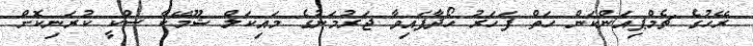
ރޭހުގެ ޗެމްޕިއަންކަން ހަތް ފަހަރު ހޯދާފައިވާ ޖަރުމަނުގެ މައިކަލް ޝޫމޭކާ ސްކީ ކުރަނިކޮށް